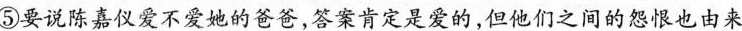
⑤要说陈嘉仪爱不爱她的爸爸，答案是爱的，但他们之间的怨恨也由来